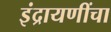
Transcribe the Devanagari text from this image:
इंद्रायणींचा